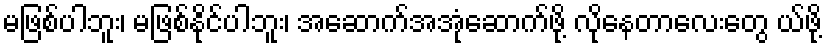
မဖြစ်ပါဘူး၊ မဖြစ်နိုင်ပါဘူး၊ အဆောက်အအုံဆောက်ဖို့ လိုနေတာလေးတွေ ယ်ဖို့